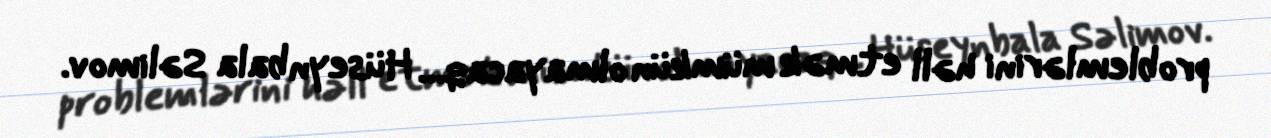
problemlərini həll etmək mümkün olmayacaq... Hüseynbala Səlimov.